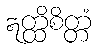
ဣတ္ထိစိတ္တံ